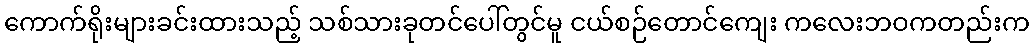
ကောက်ရိုးများခင်းထားသည့် သစ်သားခုတင်ပေါ်တွင်မူ ငယ်စဉ်တောင်ကျေး ကလေးဘဝကတည်းက